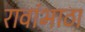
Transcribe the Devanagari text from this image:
रावांभाठा